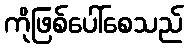
ကိုဖြစ်ပေါ်စေသည်